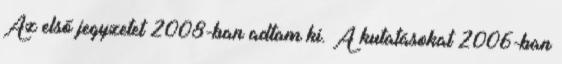
Az első jegyzetet 2008-ban adtam ki. A kutatásokat 2006-ban